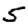
Digit: 5